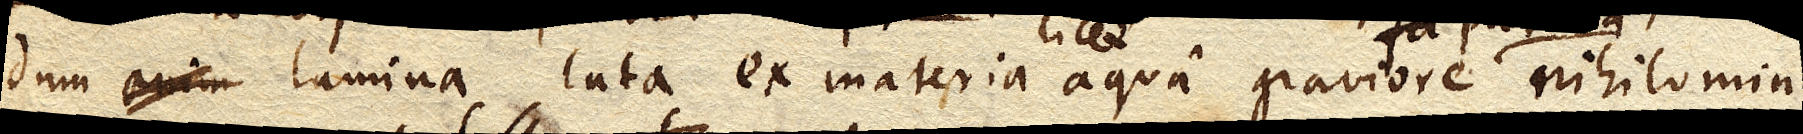
dum enim lamina lata ex materia licet aqua graviore parata nihilominus